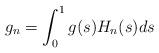
LaTeX: \begin{align*}g_n = \int_0^1g(s)H_n(s)ds\end{align*}